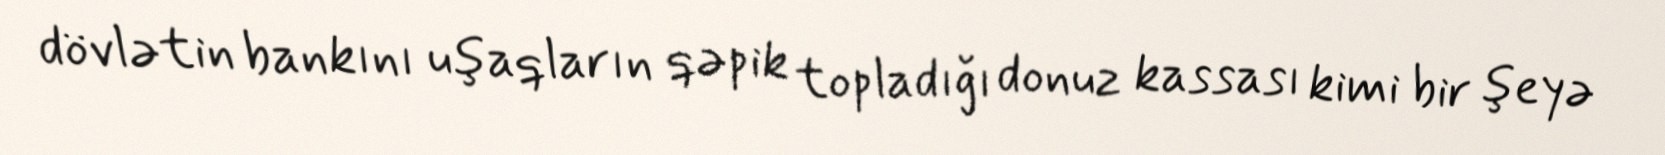
dövlətin bankını uşaqların qəpik topladığı donuz kassası kimi bir şeyə